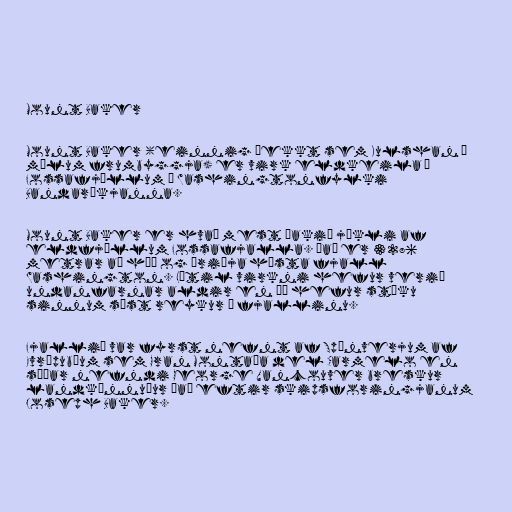
Mount Baker

Mount Baker (einnig þekkt sem Kulshan á
málum frumbyggja) er virk eldkeila í
Fossafjöllum í Washingtonfylki
Bandaríkjanna.

Mount Baker er hvað mest þakið jökli af
eldfjöllum Fossafjalla. Það er 3286
metrar að hæð og þriðja hæsta fjall
Washington. Lítil virkni hefur verið
undanfarnar aldir en þó hefur stöku
sinnum sést reykur í fjallinu.

Fjallið var fyrst nefnt af Spánverjum af
Evrópubúum sem Gran Montaña del Carmelo en
síðar nefndi George Vancouver breskur
landkönnuður það eftir skipsforingjanum
Joseph Baker.